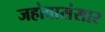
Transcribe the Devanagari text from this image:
जहोवासंसार